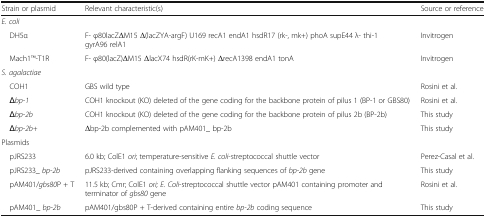
<table><thead><tr><td><b>Strain or plasmid</b></td><td><b>Relevant characteristic(s)</b></td><td><b>Source or reference</b></td></tr></thead><tbody><tr><td colspan="3"><i>E. coli</i></td></tr><tr><td> DH5α</td><td>F- φ80lacZΔM15 Δ(lacZYA-argF) U169 recA1 endA1 hsdR17 (rk-, mk+) phoA supE44 λ- thi-1 gyrA96 relA1</td><td>Invitrogen</td></tr><tr><td> Mach1TM-T1R</td><td>F- φ80(lacZ)ΔM15 ΔlacX74 hsdR(rK-mK+) ΔrecA1398 endA1 tonA</td><td>Invitrogen</td></tr><tr><td colspan="3"><i>S. agalactiae</i></td></tr><tr><td> COH1</td><td>GBS wild type</td><td>Rosini et al.</td></tr><tr><td> <i>Δbp-1</i></td><td>COH1 knockout (KO) deleted of the gene coding for the backbone protein of pilus 1 (BP-1 or GBS80)</td><td>Rosini et al.</td></tr><tr><td> <i>Δbp-2b</i></td><td>COH1 knockout (KO) deleted of the gene coding for the backbone protein of pilus 2b (BP-2b)</td><td>This study</td></tr><tr><td> <i>Δbp-2b+</i></td><td>Δbp-2b complemented with pAM401_ bp-2b</td><td>This study</td></tr><tr><td colspan="3">Plasmids</td></tr><tr><td> pJRS233</td><td>6.0 kb; ColE1 <i>ori</i>; temperature-sensitive <i>E. coli</i>-streptococcal shuttle vector</td><td>Perez-Casal et al.</td></tr><tr><td> pJRS233_ <i>bp-2b</i></td><td>pJRS233-derived containing overlapping flanking sequences of <i>bp-2b</i> gene</td><td>This study</td></tr><tr><td> pAM401/<i>gbs80</i>P + T</td><td>11.5 kb; Cmr; ColE1 <i>ori; E. Coli</i>-streptococcal shuttle vector pAM401 containing promoter and terminator of <i>gbs80</i> gene</td><td>Rosini et al.</td></tr><tr><td> pAM401_ <i>bp-2b</i></td><td>pAM401/gbs80P + T-derived containing entire <i>bp-2b</i> coding sequence</td><td>This study</td></tr></tbody></table>